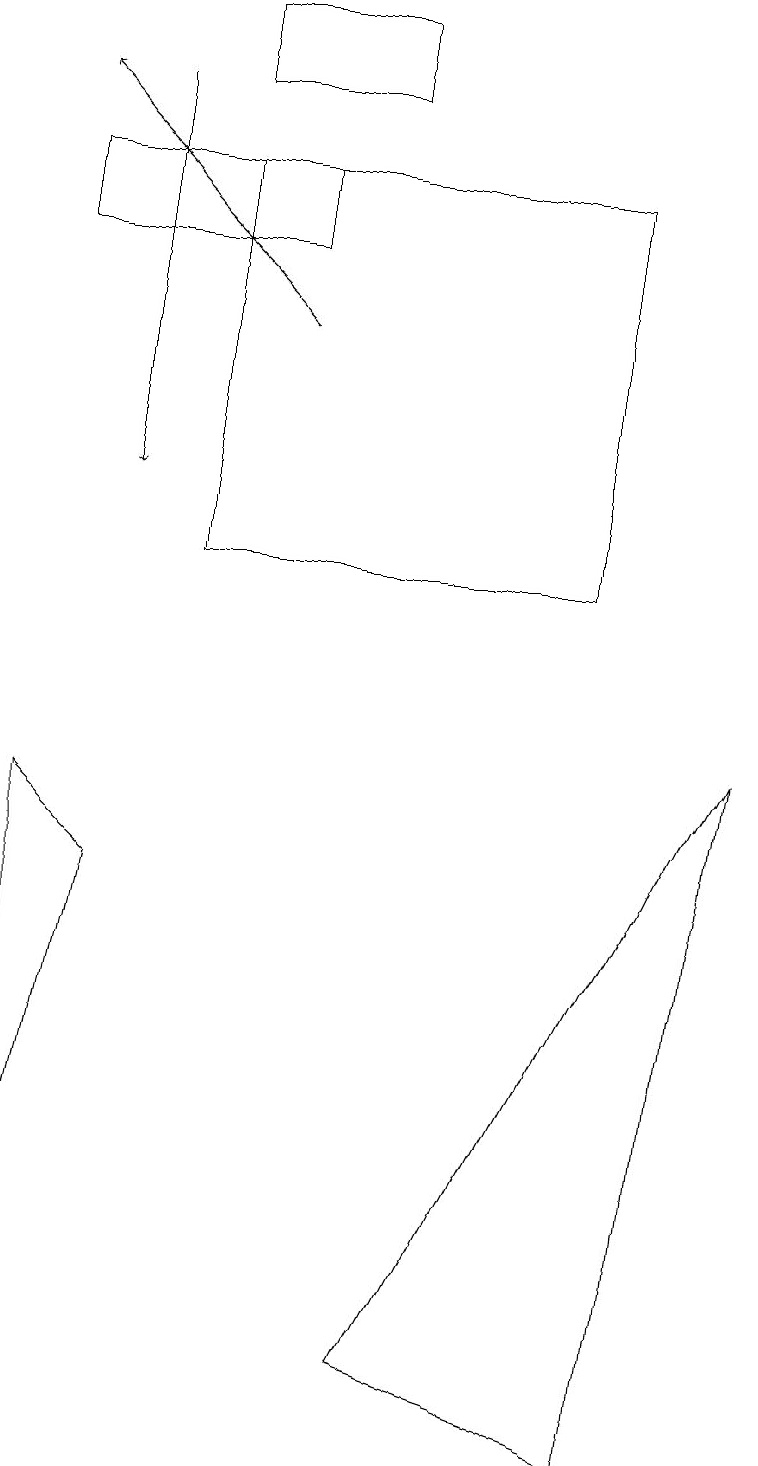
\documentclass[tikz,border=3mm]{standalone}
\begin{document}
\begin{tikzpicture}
\draw (2,11) rectangle (7,16);
\draw (1,7) -- (0,2) -- (0,8) -- cycle;
\draw[->] (3,14) -- (0,17);
\draw[->] (1,17) -- (1,12);
\draw (2,17) rectangle (4,18);
\draw (0,15) rectangle (3,16);
\draw (9,9) -- (5,1) -- (8,0) -- cycle;
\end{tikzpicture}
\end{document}